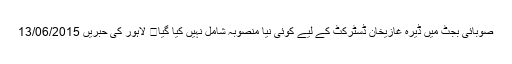
صوبائی بجٹ میں ڈیرہ غازیخان ڈسٹرکٹ کے لیے کوئی نیا منصوبہ شامل نہیں کیا گیا	 لاہور کی حبریں 13/06/2015